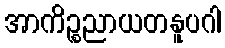
အာကိဉ္စညာယတနူပဂါ